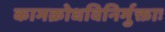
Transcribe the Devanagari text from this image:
कामक्रोधविनिर्मुक्ताः